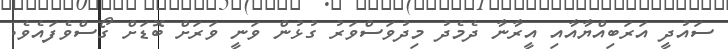
ސައުދީ އަރަބިއްޔާއާއި އީރާނާ ދެމެދު މިދުވަސްވަރު ގުޅުން ވަނީ ވަރަށް ބޮޑަށް ގޯސްވެފައެވެ.